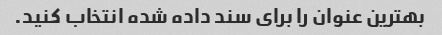
بهترین عنوان را برای سند داده شده انتخاب کنید.